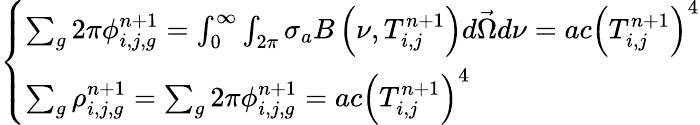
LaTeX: \left\{ \begin{array}{l}{{\sum_{g}2\pi\phi_{i,j,g}^{n+1}=\int_{\mathrm{0}}^{\infty}\int_{2\pi}\sigma_{a}B\left(\nu,T_{i,j}^{n+1}\right)d\vec{\Omega}d\nu=ac\left(T_{i,j}^{n+1}\right)^{4}}}\\ {{\sum_{g}\rho_{i,j,g}^{n+1}=\sum_{g}2\pi\phi_{i,j,g}^{n+1}=ac\left(T_{i,j}^{n+1}\right)^{4}}}\end{array}\right.